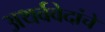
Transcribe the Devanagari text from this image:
अथर्ववेदांचे